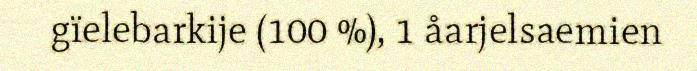
gïelebarkije (100 %), 1 åarjelsaemien